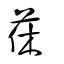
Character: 茠